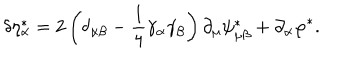
\delta \eta _ { \alpha } ^ { * } = 2 \left( \delta _ { \alpha \beta } - \frac 1 4 \gamma _ { \alpha } \gamma _ { \beta } \right) \partial _ { \mu } \psi _ { \mu \beta } ^ { * } + \partial _ { \alpha } \varphi ^ { * } .